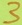
Text: 3